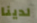
لدينا